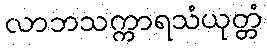
လာဘသက္ကာရသံယုတ္တံ